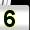
Digit: 5